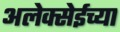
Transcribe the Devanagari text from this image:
अलेक्सेईच्या